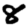
Digit: 8